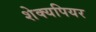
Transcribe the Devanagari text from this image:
शेक्यपियर